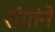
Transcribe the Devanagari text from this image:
रांगांने